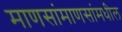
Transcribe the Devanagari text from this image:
माणसांमाणसांमधील